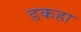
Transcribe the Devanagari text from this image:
डकहा